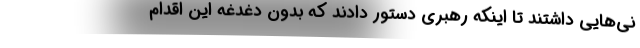
نی‌هایی داشتند تا اینکه رهبری دستور دادند که بدون دغدغه این اقدام